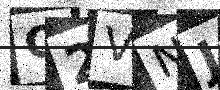
Text: Q2VNJP